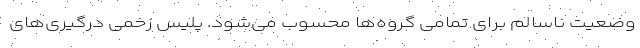
وضعیت ناسالم برای تمامی گروه‌ها محسوب می‌شود. پلیس زخمیِ درگیری‌های